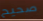
صحيح